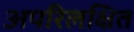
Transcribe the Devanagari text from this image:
अपरिलक्षित